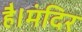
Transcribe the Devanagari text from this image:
है।मंदिर